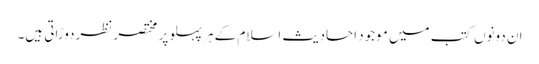
ان دونوں کتب میں موجود احادیث اسلام کے ہر پہلو پر مختصر نظردوڑاتی ہیں۔